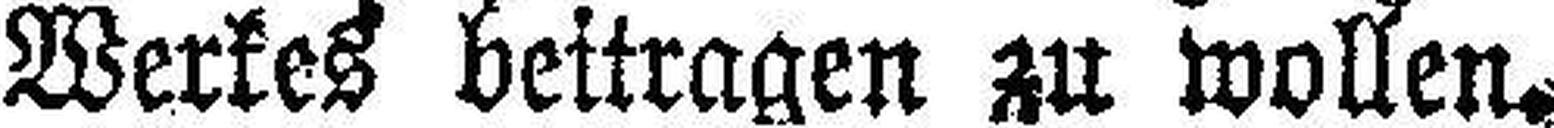
Werkes beitragen zu wollen.